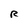
Character: R